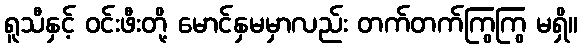
ရူသီနှင့် ဝင်းဖီးတို့ မောင်နှမမှာလည်း တက်တက်ကြွကြွ မရှိ။